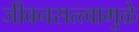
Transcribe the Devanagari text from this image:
जीवनसत्त्वामुळे